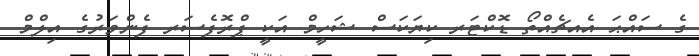
ގެ ސައްޙަ އެއޗެއްތޯ ޑޮކްޓަރ ކިޔަކަސް ޝަހީމް އަކީ ޕްރޮފެސަރ ފެންވަރުގެ އިލްމް